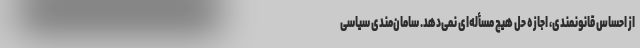
از احساس قانونمندی، اجازه حل هیچ مسأله‌ای نمی‌دهد. سامان‌مندی سیاسی